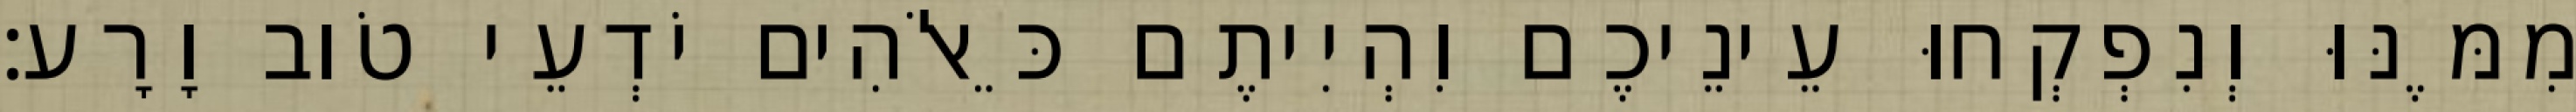
מִמֶּנּוּ וְנִפְקְחוּ עֵינֵיכֶם וִהְיִיתֶם כֵּאלֹהִים יֹדְעֵי טֹוב וָרָע׃